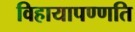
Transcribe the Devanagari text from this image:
विहायापण्णति